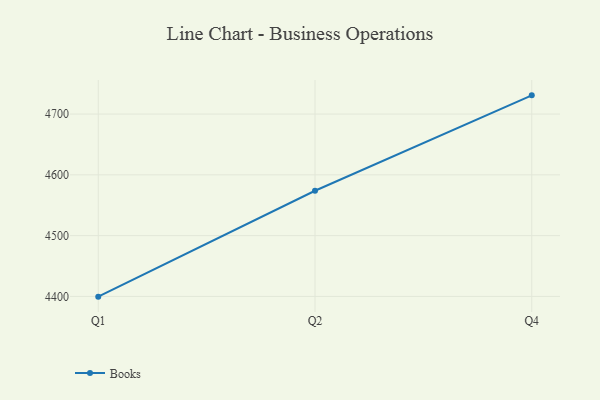
{"axis": {"x": "Quarter", "y": "Budget (USD K)"}, "legend": ["Books"], "data": [{"x": "Q1", "y": 4399.6, "type": "Books"}, {"x": "Q2", "y": 4573.8, "type": "Books"}, {"x": "Q4", "y": 4730.8, "type": "Books"}]}